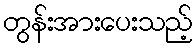
တွန်းအားပေးသည့်